system: You are a helpful assistant.
user:
Analyze the provided spectrum to determine if it is a **Carbon Star (C-type)**.

- **Key Visual Indicators of Carbon Star:**
    - **(Primary):** Strong molecular absorption from **C₂ (diatomic carbon) "Swan Bands."** This is the **defining feature** of a carbon star.
        - **(Key Bandheads):** Sharp absorption edges are visible at approximately $5635$ Å, $5165$ Å (the strongest band), and $4737$ Å.
        - **(Line Profile):** Creates a distinct **"saw-tooth"** pattern. The key morphology is a sharp, steep bandhead on the **red (long-wavelength) side**, which then gradually tapers off (i.e., flux recovers) towards the **blue (short-wavelength) side**. *(This is the direct opposite of the TiO bands seen in M-type stars)*.

    - **(Secondary):** Intense **CN (cyanogen)** molecular absorption bands.
        - **(Key Bandheads):** Located in the blue and violet regions of the spectrum (e.g., near $4215$ Å and $3883$ Å).
        - **(Morphology):** These bands are extremely broad and act as a "blanket," absorbing the vast majority of blue and violet light. This creates a characteristic **"cliff"** or **"steep drop-off"** in the spectrum's flux at short wavelengths.

    - **(Key Confirmation):** Strong **CH absorption band (G-band)**.
        - **(Key Bandhead):** Located around $4300$ Å. The contribution from CH molecules to this band is exceptionally strong.

    - **(Overall Spectrum):**
        - The continuum is severely "chopped up" by these deep molecular bands, especially C₂, rather than appearing as a smooth curve.
        - Due to the heavy CN and C₂ absorption in the blue-green, the vast majority of the star's flux is concentrated in the red part of the spectrum, giving the star its characteristic deep red color.

Think first, call **spectral_visualization_tool** if needed to examine features in detail, then provide your final answer. Your response must adhere to the following strict rules:
1.  **Overall Structure:** Your response must follow the format `<think>...</think> <tool_call>...</tool_call> (if a tool is used) <answer>...</answer>`.
2.  **Tool Usage Constraint:** You may only make **one** tool call per turn.
3.  **Final Answer Format:** In the `<answer>` tag, your conclusion must be inside a `\boxed{}` command (e.g., `\boxed{YES}`), followed by your justification.

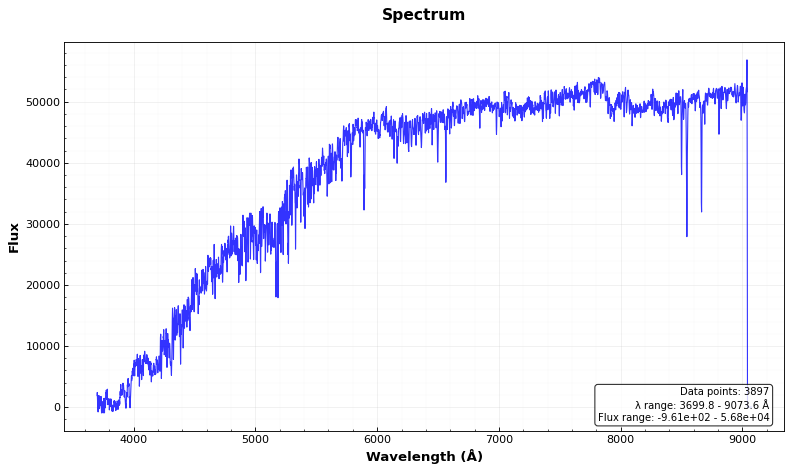
Answer: NO